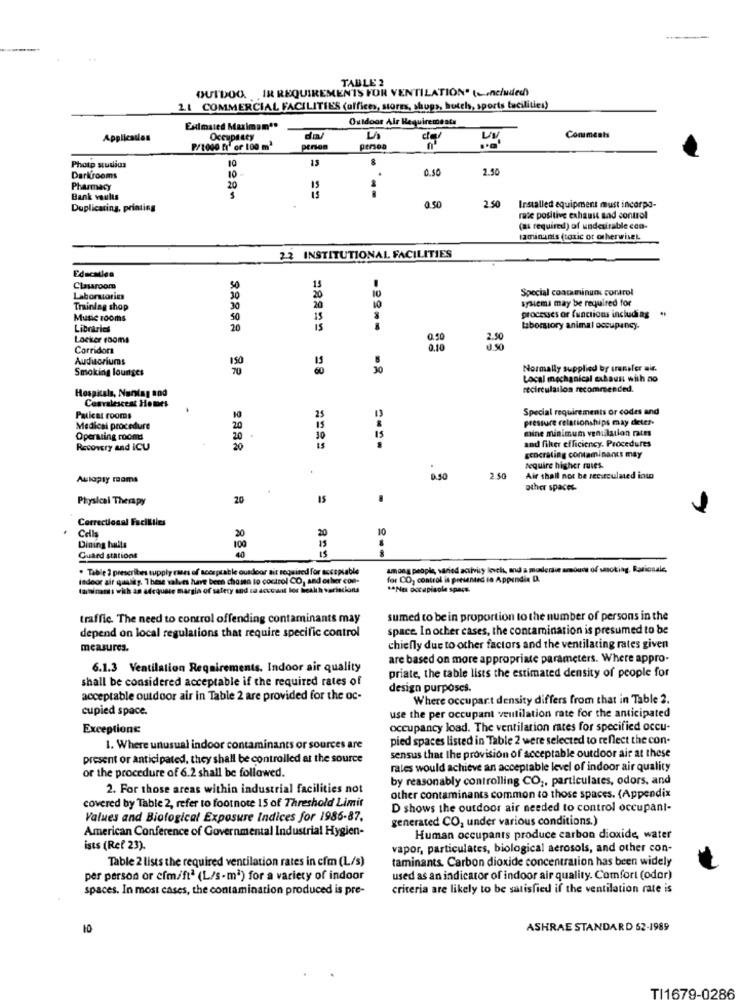
TABLE 2
OUTDOOR IN REQUIREMENTS FOR VENTILATION (,nc/uded)
1.1 COMMERCIAL FACILITIES (offices, store, shops, hotels, sports facilities)
Outdoor Air Requirements
Eximsied Maximon'
Application
Occupancy
dal
Comments
P/1000 ft" or 100 m3
pension
persea
Photp studios
00
10
0.50
2.50
Darkirooms
Pharmacy
20
Bank vaults
Duplicating, printing
0.50
2.50
Installed equipment must incorpo-
rate positive exhaust and control
(as required) of undesirable con-
laminanis (toxic or otherwiseL
22 INSTITUTIONAL FACILITIES
Educatiea
Classroom
50
20
15
10
Special coacminuns control
Laboratorie
30
sysicms may be required for
Training shop
20
20
processes or functions including
Music rooms
50
15
Libraries
20
15
laboratory animal occupancy.
Locker rooms
Corridors
8.10
3.50
Auditoriums
Smoking lounges
28
30
Normally supplied by transfer nie.
Local mechanical exhaust with no
recirculailon recommended.
Hospitals, Nurlag and
Corralescess Homes
Special requirements or codes and
Paulest rooms
10
25
pressure relationships may deter-
Medical procedure
20
mine minimum ventilation rates
Operating rooms
20
30
and filer efficiency. Procedures
Recovery and iCU
20
concrating contaminants may
Require higher rates.
Auloply roms
0.50
2 .50
Air shall not be secirculated into
other spaces-
Physical Therapy
20
15
Correctional Facilities
Cells
20
20
10
Dining halls
100
Guard stations
. Table 3 prescribes supply cases of acceptable ousdoor ait required for acceptable
among people, sared activity level, and a monerdie amount of smoking. Raricaale,
indoor air quality. These values have been chosen to control CO, and other con-
for CO, control is presented in Appendix D.
taminamı with an adequate margin of salery and so account los health variacions
** Nes Docapisole space.
traffic. The need to control offending contaminants may
sumed to be in proportion to the number of persons in the
depend on local regulations that require specific control
space. In other cases, the contamination is presumed to be
measures.
chiefly due to other factors and the ventilating rates given
are based on more appropriate parameters. Where appro-
6.1.3 Ventilation Requirements. Indoor air quality
shall be considered acceptable if the required rates of
priate, the table lists the estimated density of people for
design purposes.
acceptable outdoor air in Table 2 are provided for the oc-
Where occupar.t density differs from that in Table 2.
cupied space.
use the per occupant ventilation rate for the anticipated
Exceptions:
occupancy load. The ventilation rates for specified occu-
pied spaces listed in Table 2 were selected to reflect the con.
1. Where unusual indoor contaminant
present or anticipated, they shall be controlled at the source
sensus that the provision of acceptable outdoor air at these
or the procedure of 6.2 shall be followed.
rates would achieve an acceptable level of indoor air quality
by reasonably controlling CO ;, particulares, odors, and
2. For those areas within industrial facilities not
other contaminants common to those spaces. (Appendix
covered by Table 2, refer to footnote 15 of Threshold Limit
D shows the outdoor air needed to control occupant-
Values and Biological Exposure Indices for 1986-87.
generated CO, under various conditions.)
American Conference of Governmental Industrial Hygien-
Human occupants produce carbon dioxide, water
ists (Ref 23).
vapor, particulates, biological aerosols, and other con-
Table 2 lists the required ventilation rates in cfm (L/s)
taminants. Carbon dioxide concentration has been widely
per person or cfm/ft2 (L/s-m2) for a variety of indoor
used as an indicator of indoor air quality. Comfort (oder)
spaces. In most cases, the contamination produced is pre-
criteria are likely to be satisfied if the ventilation rate is
10
ASHRAE STANDARD 62-1989
TI1679-0286